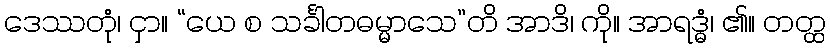
ဒေဿတုံ၊ ငှာ။ “ယေ စ သင်္ခါတဓမ္မာသေ”တိ အာဒိ၊ ကို။ အာရဒ္ဓံ၊ ၏။ တတ္ထ